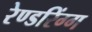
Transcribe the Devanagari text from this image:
रेण्डरिंग्ग